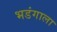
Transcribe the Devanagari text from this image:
भडंगाला